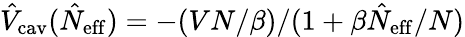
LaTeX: \hat{V}_{\mathrm{cav}}(\hat{N}_{\mathrm{eff}})=-(VN/\beta)/(1+\beta\hat{N}_{\mathrm{eff}}/N)